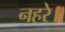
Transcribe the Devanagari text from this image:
नहरे॥